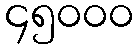
၄၅၀၀၀